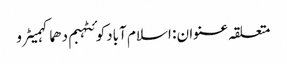
متعلقہ عنوان : اسلام آبادکوئٹہبم دھماکہمیٹرو